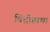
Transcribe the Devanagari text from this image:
विद्रोहाचा